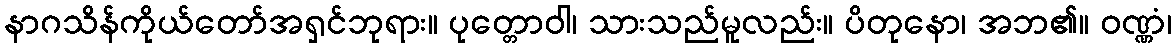
နာဂသိန်ကိုယ်တော်အရှင်ဘုရား။ ပုတ္တောဝါ၊ သားသည်မူလည်း။ ပိတုနော၊ အဘ၏။ ဝဏ္ဏံ၊